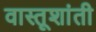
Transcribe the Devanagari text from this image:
वास्तूशांती